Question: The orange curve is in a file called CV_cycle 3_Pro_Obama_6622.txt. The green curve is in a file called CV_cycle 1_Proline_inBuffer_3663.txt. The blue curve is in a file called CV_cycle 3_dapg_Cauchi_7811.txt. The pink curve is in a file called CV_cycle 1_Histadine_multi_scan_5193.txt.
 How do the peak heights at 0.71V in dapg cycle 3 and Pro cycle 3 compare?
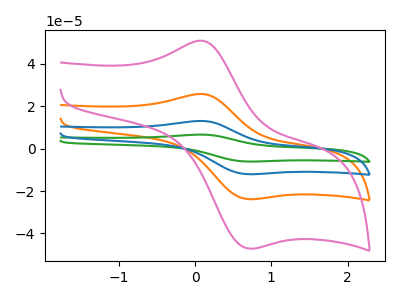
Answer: <think>The orange curve "Pro cycle 3" has an anodic peak at (0.10V, 25.75uA) and a cathodic peak at (0.70V, -23.85uA). The green curve "Proline cycle 1" has an anodic peak at (0.10V, 77.20uA) and a cathodic peak at (0.70V, -71.50uA). The blue curve "dapg cycle 3" has an anodic peak at (0.10V, 51.50uA) and a cathodic peak at (0.70V, -47.65uA). The pink curve "Histadine cycle 1" has an anodic peak at (0.10V, 50.85uA) and a cathodic peak at (0.70V, -47.10uA).</think>
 <answer>The peak at 0.71V is higher in "dapg cycle 3" than in "Pro cycle 3".</answer>
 <eval>higher</eval>